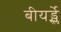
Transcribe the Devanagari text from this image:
बीयर्ड्स्ले